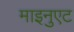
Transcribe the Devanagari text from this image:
माइनुएट